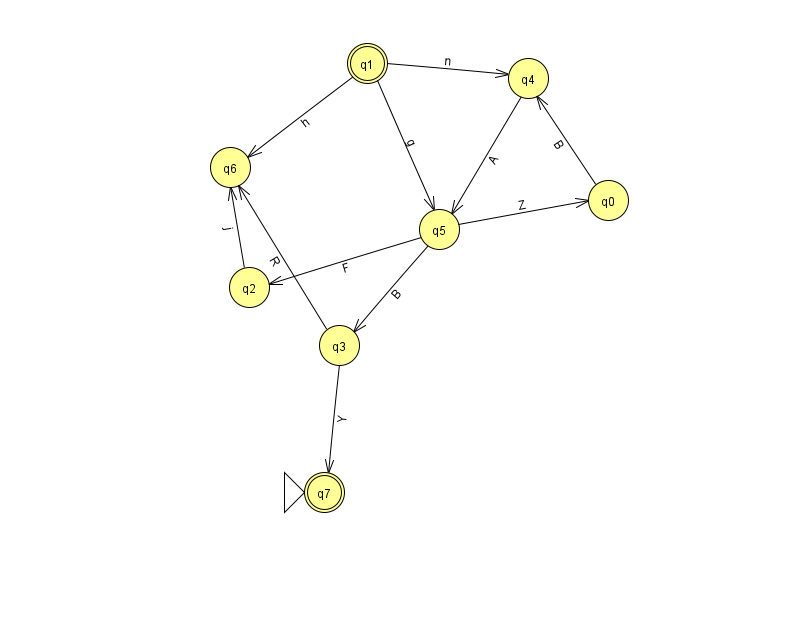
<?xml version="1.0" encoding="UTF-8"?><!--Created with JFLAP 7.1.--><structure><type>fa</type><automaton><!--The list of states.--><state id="0" name="q0"><x>608.0</x><y>187.0</y></state><state id="1" name="q1"><x>367.0</x><y>50.0</y><final/></state><state id="2" name="q2"><x>249.0</x><y>274.0</y></state><state id="3" name="q3"><x>339.0</x><y>332.0</y></state><state id="4" name="q4"><x>528.0</x><y>65.0</y></state><state id="5" name="q5"><x>439.0</x><y>216.0</y></state><state id="6" name="q6"><x>230.0</x><y>154.0</y></state><state id="7" name="q7"><x>324.0</x><y>479.0</y><initial/><final/></state><!--The list of transitions.--><transition><from>0</from><to>4</to><read>B</read></transition><transition><from>4</from><to>5</to><read>A</read></transition><transition><from>1</from><to>4</to><read>n</read></transition><transition><from>3</from><to>7</to><read>Y</read></transition><transition><from>3</from><to>6</to><read>R</read></transition><transition><from>2</from><to>6</to><read>j</read></transition><transition><from>5</from><to>0</to><read>Z</read></transition><transition><from>5</from><to>2</to><read>F</read></transition><transition><from>5</from><to>3</to><read>B</read></transition><transition><from>1</from><to>5</to><read>g</read></transition><transition><from>1</from><to>6</to><read>h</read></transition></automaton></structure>